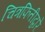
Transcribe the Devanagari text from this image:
चित्रफितीद्वारे